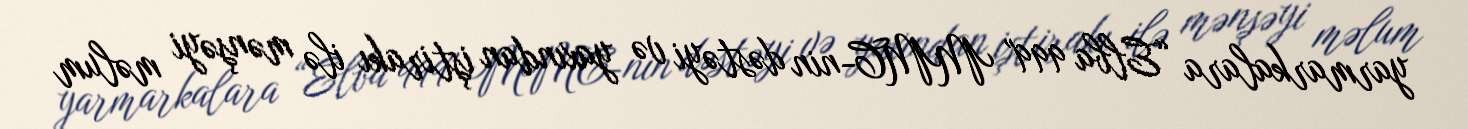
yarmarkalara “Elba 999" MMC-nin dəstəyi və yaxından iştirakı ilə mənşəyi məlum